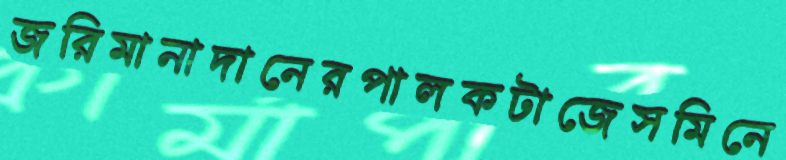
জরিমানাদানেরপালকটাজেসমিনে